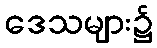
ဒေသများ၌